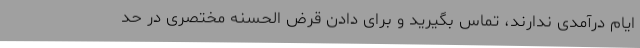
ایام درآمدی ندارند، تماس بگیرید و برای دادن قرض الحسنه مختصری در حد